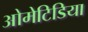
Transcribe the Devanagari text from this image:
ओमेटिडिया